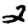
Digit: 2